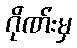
ဂိုဏ်းမှ